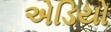
એડિયો